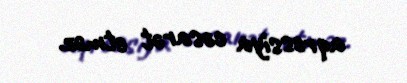
aqressiya cəsarət etməz.